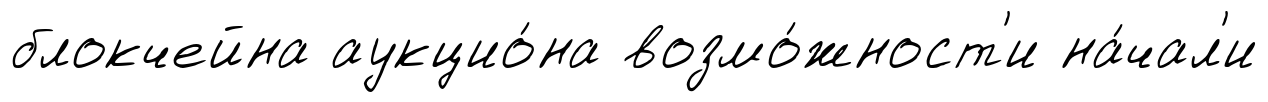
блокчейна аукцио́на возмо́жност'и на́чал'и